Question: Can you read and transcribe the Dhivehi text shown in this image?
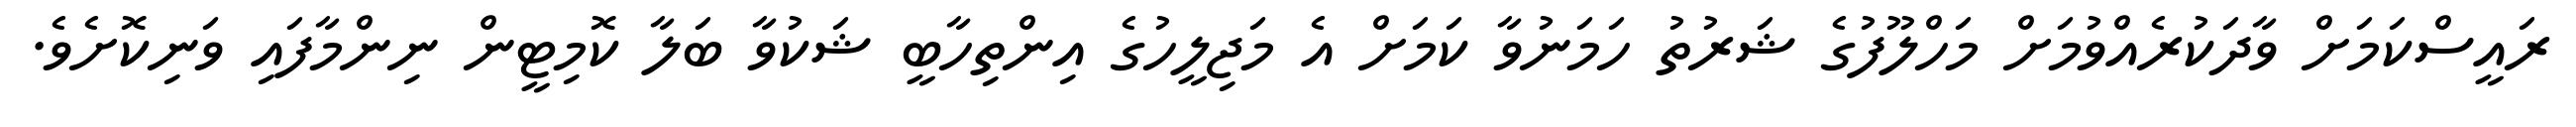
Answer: ރައީސްކަމަށް ވާދަކުރެއްވުމަށް މަހްލޫފުގެ ޝަރުތު ހަމަނުވާ ކަމަށް އެ މަޖިލީހުގެ އިންތިހާބީ ޝަކުވާ ބަލާ ކޮމިޓީން ނިންމާފައި ވަނިކޮށެވެ.